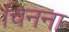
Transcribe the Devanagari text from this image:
चिनना